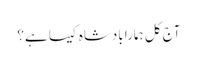
آج کل ہمارا بادشاہ کیسا ہے؟